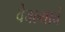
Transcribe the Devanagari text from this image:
वेचल्याचे